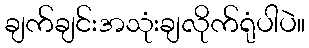
ချက်ချင်းအသုံးချလိုက်ရုံပါပဲ။